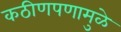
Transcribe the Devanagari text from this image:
कठीणपणामुळे